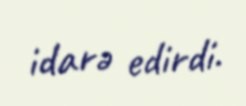
idarə edirdi.